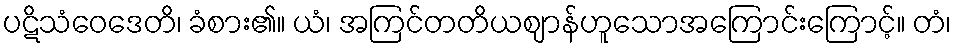
ပဋိသံဝေဒေတိ၊ ခံစား၏။ ယံ၊ အကြင်တတိယဈာန်ဟူသောအကြောင်းကြောင့်။ တံ၊